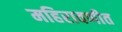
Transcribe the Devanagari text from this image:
महिरावणीत